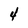
Character: 4